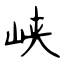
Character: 峡